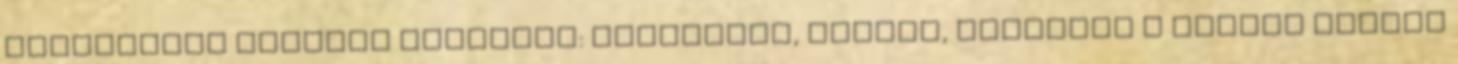
kérdéseket hasonló témákban: okoskütyű, laptop, notebook A Lenovo kicsit